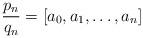
LaTeX: \begin{align*} \frac{p_n}{q_n}=[a_0,a_1,\dots,a_n]\end{align*}